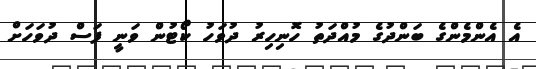
އެ އެންމެންގެ ބަންދުގެ މުއްދަތު ހޮނިހިރު ދުވަހު ކޯޓުން ވަނީ ފަސް ދުވަހަށް